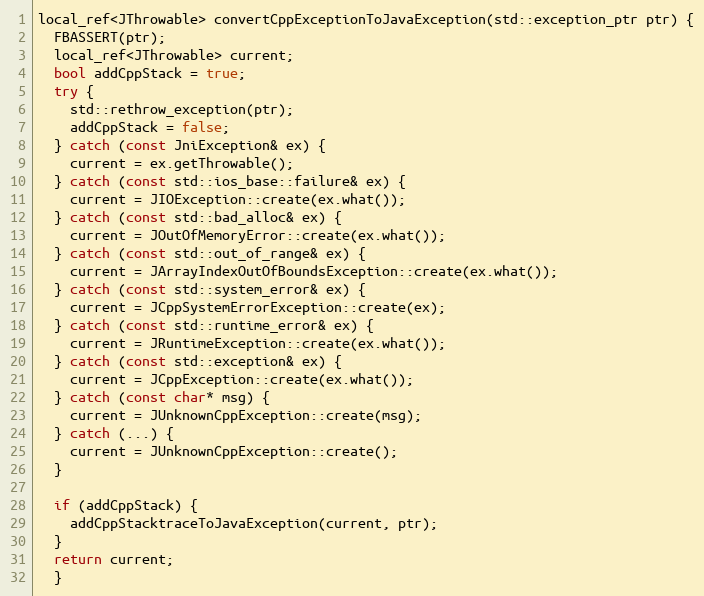
Language: C++
local_ref<JThrowable> convertCppExceptionToJavaException(std::exception_ptr ptr) {
  FBASSERT(ptr);
  local_ref<JThrowable> current;
  bool addCppStack = true;
  try {
    std::rethrow_exception(ptr);
    addCppStack = false;
  } catch (const JniException& ex) {
    current = ex.getThrowable();
  } catch (const std::ios_base::failure& ex) {
    current = JIOException::create(ex.what());
  } catch (const std::bad_alloc& ex) {
    current = JOutOfMemoryError::create(ex.what());
  } catch (const std::out_of_range& ex) {
    current = JArrayIndexOutOfBoundsException::create(ex.what());
  } catch (const std::system_error& ex) {
    current = JCppSystemErrorException::create(ex);
  } catch (const std::runtime_error& ex) {
    current = JRuntimeException::create(ex.what());
  } catch (const std::exception& ex) {
    current = JCppException::create(ex.what());
  } catch (const char* msg) {
    current = JUnknownCppException::create(msg);
  } catch (...) {
    current = JUnknownCppException::create();
  }

  if (addCppStack) {
    addCppStacktraceToJavaException(current, ptr);
  }
  return current;
  }